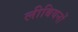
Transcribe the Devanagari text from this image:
लीबियनों